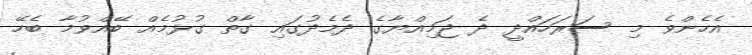
އެހެންވެ މި ސަރަހައްދީ ދެ ޖަމިއްޔާގެ ދެމެދުގައި ގާތް ގުޅުމެއް ބޭއްވުމާ ބެހޭ